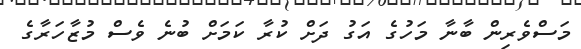
މަސްވެރިން ބާނާ މަހުގެ އަގު ދަށް ކުރާ ކަމަށް ބުނެ ވެސް މުޒާހަރާގެ